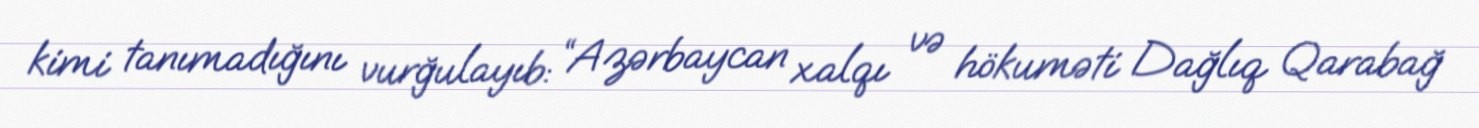
kimi tanımadığını vurğulayıb: “Azərbaycan xalqı və hökuməti Dağlıq Qarabağ